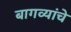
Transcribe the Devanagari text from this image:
बागव्यांचे